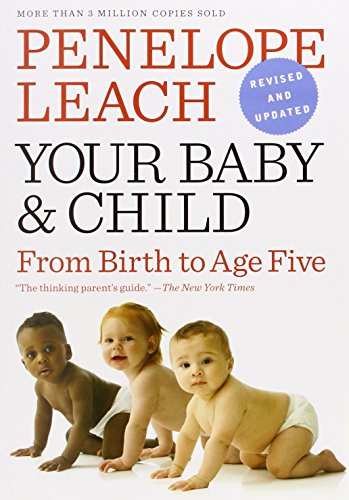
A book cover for Your Baby and Child; Penelope Leach; Parenting & Relationships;